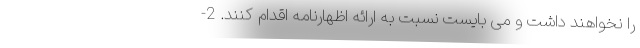
را نخواهند داشت و می بایست نسبت به ارائه اظهارنامه اقدام کنند. 2-